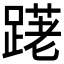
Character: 𲃽